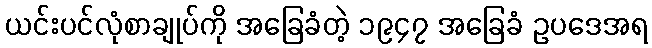
ယင်းပင်လုံစာချုပ်ကို အခြေခံတဲ့ ၁၉၄၇ အခြေခံ ဥပဒေအရ